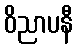
ဝိညာပနီ